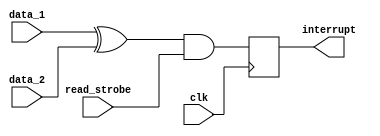
module xor_block(input [7:0] data_1,
                 input [7:0] data_2,
                 input clk,
                 input read_strobe,
                 output reg interrupt);
                 
    always @(posedge clk)
        interrupt = (data_1 ^ data_2)&& read_strobe ; // using a xor gate to specify if the inputs are different
        //if result of the xor gate is different than 0, then interrupt is set high
endmodule